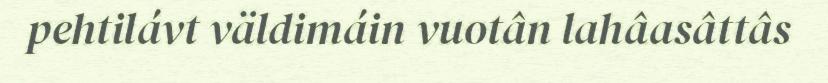
pehtilávt väldimáin vuotân lahâasâttâs